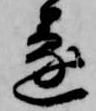
遂